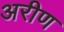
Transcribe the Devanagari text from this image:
अरीण